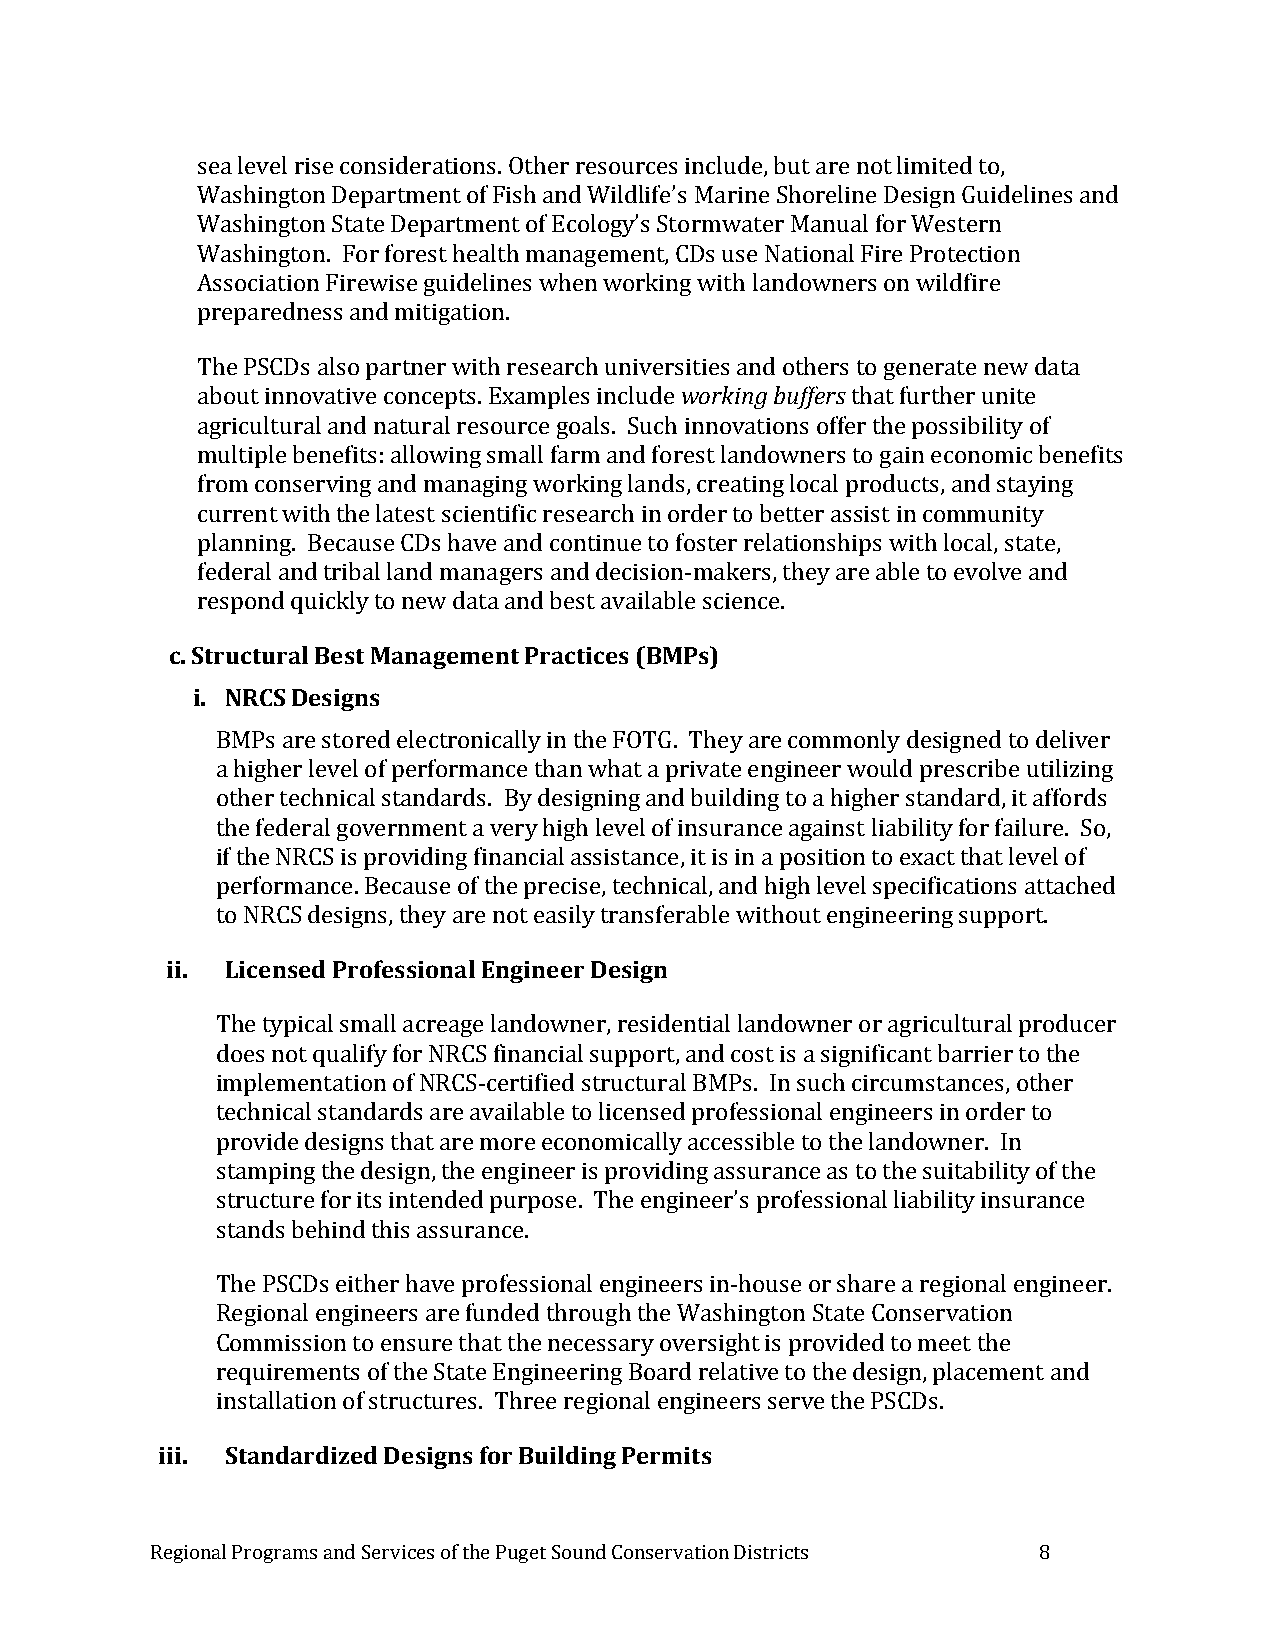
sea level rise considerations. Other resources include, but are not limited to,
 Washington Department of Fish and Wildlife’s Marine Shoreline Design Guidelines and
 Washington State Department of Ecology’s Stormwater Manual for Western
 Washington. For forest health management, CDs use National Fire Protection
 Association Firewise guidelines when working with landowners on wildfire
 preparedness and mitigation.
 The PSCDs also partner with research universities and others to generate new data
 about innovative concepts. Examples include working buffers that further unite
 agricultural and natural resource goals. Such innovations offer the possibility of
 multiple benefits: allowing small farm and forest landowners to gain economic benefits
 from conserving and managing working lands, creating local products, and staying
 current with the latest scientific research in order to better assist in community
 planning. Because CDs have and continue to foster relationships with local, state,
 federal and tribal land managers and decision-makers, they are able to evolve and
 respond quickly to new data and best available science.
 c. Structural Best Management Practices (BMPs)
 i. NRCS Designs
 BMPs are stored electronically in the FOTG. They are commonly designed to deliver
 a higher level of performance than what a private engineer would prescribe utilizing
 other technical standards. By designing and building to a higher standard, it affords
 the federal government a very high level of insurance against liability for failure. So,
 if the NRCS is providing financial assistance, it is in a position to exact that level of
 performance. Because of the precise, technical, and high level specifications attached
 to NRCS designs, they are not easily transferable without engineering support.
 ii. Licensed Professional Engineer Design
 The typical small acreage landowner, residential landowner or agricultural producer
 does not qualify for NRCS financial support, and cost is a significant barrier to the
 implementation of NRCS-certified structural BMPs. In such circumstances, other
 technical standards are available to licensed professional engineers in order to
 provide designs that are more economically accessible to the landowner. In
 stamping the design, the engineer is providing assurance as to the suitability of the
 structure for its intended purpose. The engineer’s professional liability insurance
 stands behind this assurance.
 The PSCDs either have professional engineers in-house or share a regional engineer.
 Regional engineers are funded through the Washington State Conservation
 Commission to ensure that the necessary oversight is provided to meet the
 requirements of the State Engineering Board relative to the design, placement and
 installation of structures. Three regional engineers serve the PSCDs.
 iii. Standardized Designs for Building Permits
 Regional Programs and Services of the Puget Sound Conservation Districts 8